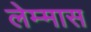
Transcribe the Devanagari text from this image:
लेम्मास